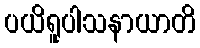
ပယိရူပါသနာယာတိ